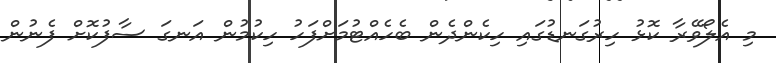
މި އެލޯވޭރާ ކޮޅު ހިރުގަނޑުގައި ހިކެންދެން ބެހެއްޓުމަށްފަހު ހިކުމުން އަނގަ ސާފުކޮށް ފެނުން